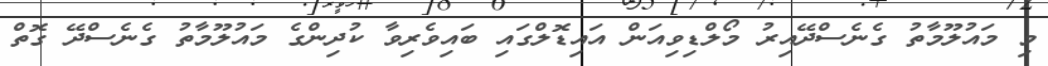
މި މައުލޫމާތު ގެނެސްދޭއިރު މޯލްޑިވިއަން އައިޑޮލްގައި ބައިވެރިވާ ކުދިންގެ މައުލޫމާތު ގެނެސްދޭ ގޮތް